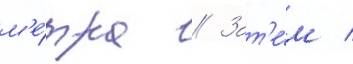
м'е́тра // Зат'е́м /